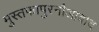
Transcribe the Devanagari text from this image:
मुस्तफापुरनौआबाद